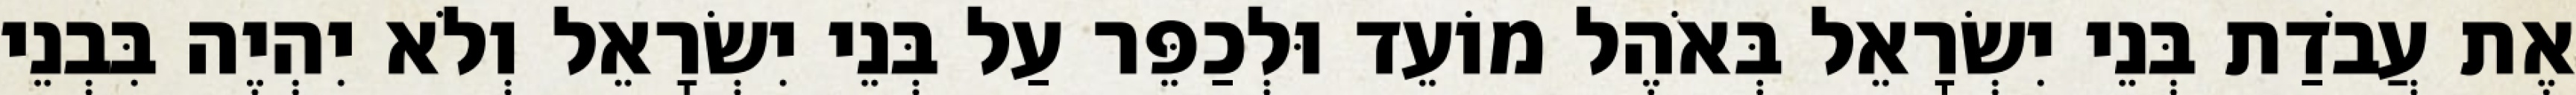
אֶת עֲבֹדַת בְּנֵי יִשְׂרָאֵל בְּאֹהֶל מוֹעֵד וּלְכַפֵּר עַל בְּנֵי יִשְׂרָאֵל וְלֹא יִהְיֶה בִּבְנֵי